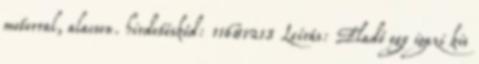
motorral, alacson. hirdetéskód: 11681213 Leírás: Eladó egy igazi kis